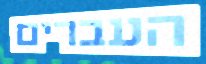
העברים